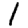
Digit: 1